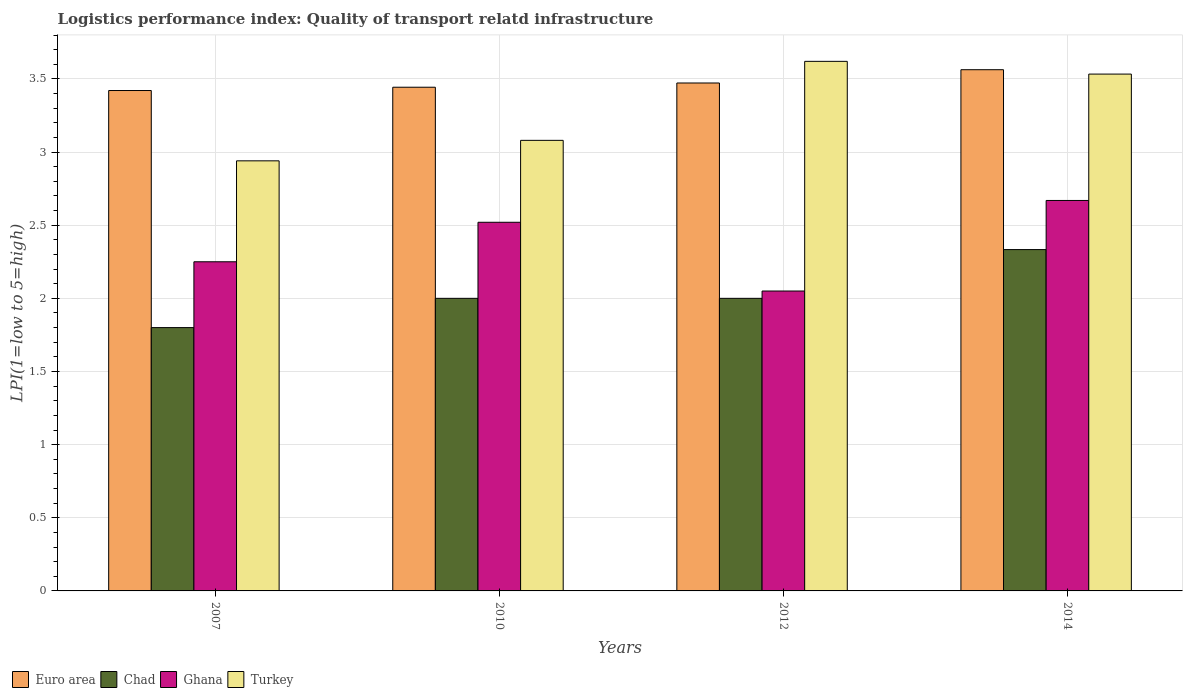
| Years | Euro area | Chad | Ghana | Turkey |
 | --- | --- | --- | --- | --- |
 | 2007 | 3.42 | 1.8 | 2.25 | 2.94 |
 | 2010 | 3.44 | 2 | 2.52 | 3.08 |
 | 2012 | 3.47 | 2 | 2.05 | 3.62 |
 | 2014 | 3.56 | 2.33 | 2.67 | 3.53 |